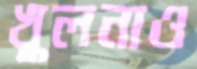
খুলনাও